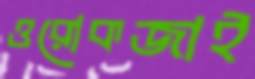
ওরোকজাই